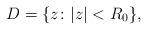
LaTeX: \begin{align*} D=\{z\colon |z|<R_0\}, \end{align*}